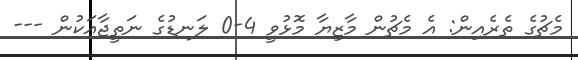
މެޗުގެ ތެރެއިން: އެ މެޗުން މާޒިޔާ މޮޅުވީ 4-0 ލަނޑުގެ ނަތީޖާއަކުން ---